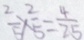
\frac { 2 } { 5 } \times \frac { 2 } { 5 } = \frac { 4 } { 2 5 }